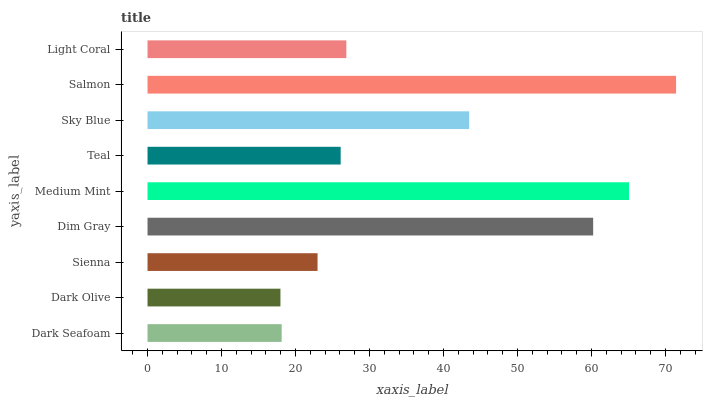
| yaxis_label | bars |
 | --- | --- |
 | Dark Seafoam | 18.1 |
 | Dark Olive | 18 |
 | Sienna | 23 |
 | Dim Gray | 60.2 |
 | Medium Mint | 65.1 |
 | Teal | 26.1 |
 | Sky Blue | 43.5 |
 | Salmon | 71.4 |
 | Light Coral | 26.9 |